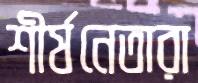
শীর্ষনেতারা